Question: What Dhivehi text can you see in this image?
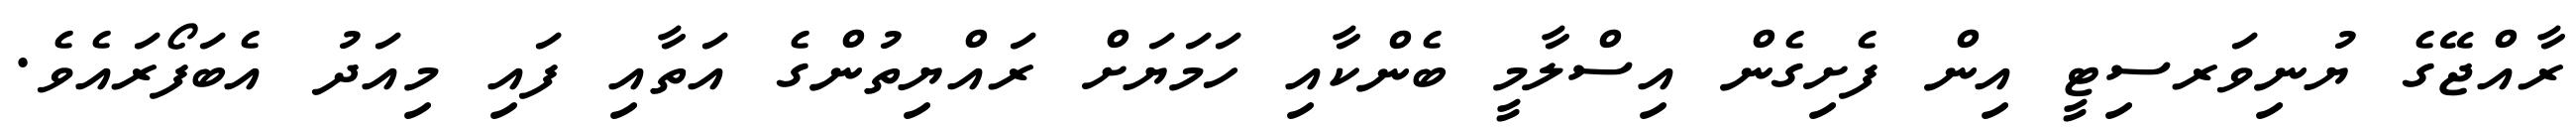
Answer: ރާއްޖޭގެ ޔުނިވަރސިޓީ އިން ފެށިގެން އިސްލާމީ ބެންކާއި ހަމަޔަށް ރައްޔިތުންގެ އަތާއި ފައި މިއަދު އެބަފޯރައެވެ.